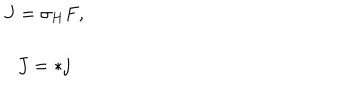
\begin{array} { c } { { J = \sigma _ { H } F , } } \\ { { J = * j } } \\ \end{array}